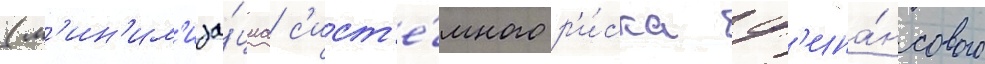
(м'ин'им'иза́циа с'ист'е́много р'и́ска ф'ина́нсового